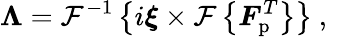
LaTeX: \boldsymbol{\Lambda}=\mathcal{F}^{-1}\left\{ i\boldsymbol{\xi}\times\mathcal{F}\left\{ \boldsymbol{F}_{\mathrm{p}}^{T}\right\} \right\} \mathrm{~,~}